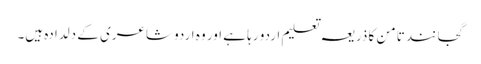
گجانند تامن کا ذریعہ تعلیم اردو رہا ہے اور وہ اردو شاعری کے دلدادہ ہیں۔